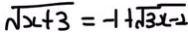
\sqrt { x + 3 } = - 1 + \sqrt { 3 x - 2 }